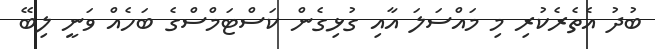
ބުދު އެތެރެކުރި މި މައްސަލަ އާއި ގުޅިގެން ކަސްޓަމްސްގެ ބަހެއް ވަނީ ލިބޭ